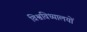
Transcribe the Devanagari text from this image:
विश्वविध्यालयों